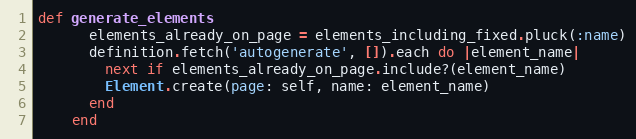
Language: Ruby
def generate_elements
      elements_already_on_page = elements_including_fixed.pluck(:name)
      definition.fetch('autogenerate', []).each do |element_name|
        next if elements_already_on_page.include?(element_name)
        Element.create(page: self, name: element_name)
      end
    end